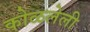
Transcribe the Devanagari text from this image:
कोळलेली